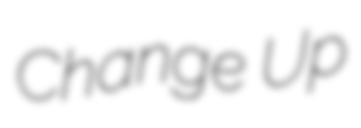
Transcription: Change Up